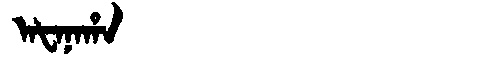
Manchu: ᠠᡶᠠᠨᠠᡥᠠ
Romanization: AFANAHA